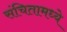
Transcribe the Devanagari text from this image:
संचितामध्ये